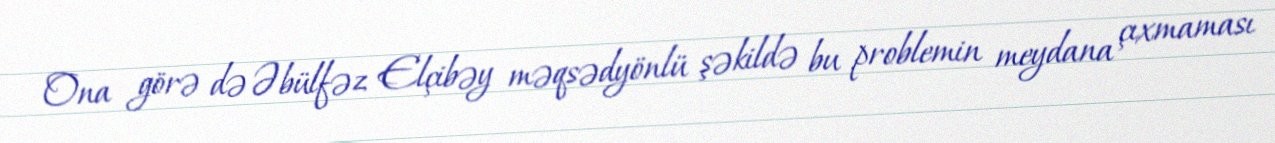
Ona görə də Əbülfəz Elçibəy məqsədyönlü şəkildə bu problemin meydana çıxmaması